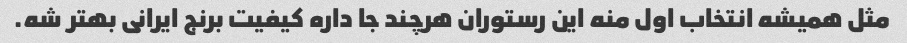
مثل همیشه انتخاب اول منه این رستوران هرچند جا داره کیفیت برنج ایرانی بهتر شه.